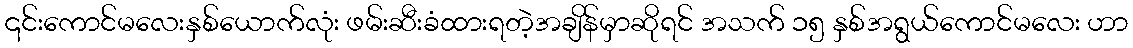
၎င်းကောင်မလေးနှစ်ယောက်လုံး ဖမ်းဆီးခံထားရတဲ့အချိန်မှာဆိုရင် အသက် ၁၅ နှစ်အရွယ်ကောင်မလေး ဟာ